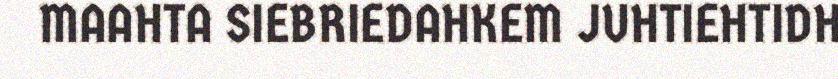
MAAHTA SIEBRIEDAHKEM JUHTIEHTIDH